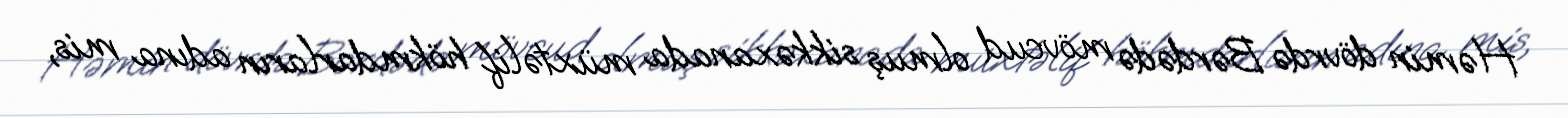
Həmin dövrdə Bərdədə mövcud olmuş sikkəxanada müxtəlif hökmdarların adına mis,